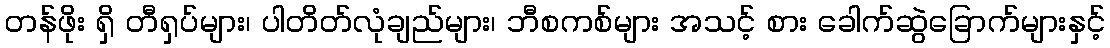
တန်ဖိုး ရှိ တီရှပ်များ၊ ပါတိတ်လုံချည်များ၊ ဘီစကစ်များ အသင့် စား ခေါက်ဆွဲခြောက်များနှင့်